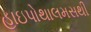
હાઇપોથાલમસથી